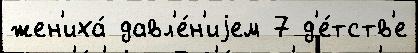
жен'иха́ давл'е́н'иjем 7 д'е́тств'е